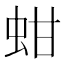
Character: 蚶